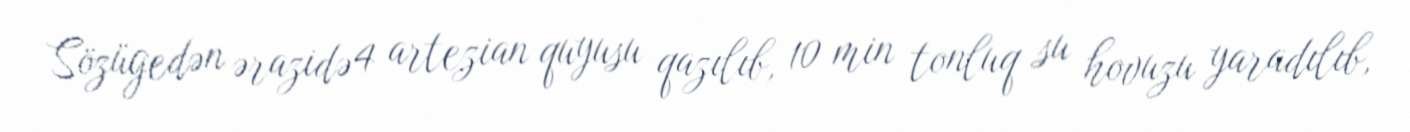
Sözügedən ərazidə 4 artezian quyusu qazılıb, 10 min tonluq su hovuzu yaradılıb,